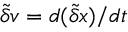
\displaystyle \tilde { \delta } { \boldsymbol v } = { d ( \tilde { \delta } \boldsymbol { x } ) } / { d t }